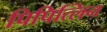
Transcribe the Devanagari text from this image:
पिपित्लिन